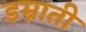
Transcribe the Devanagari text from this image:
डम्नाती